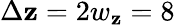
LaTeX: \Delta\mathbf{z}=2w_{\mathbf{z}}=8